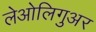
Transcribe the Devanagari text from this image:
लेओलिगुअर